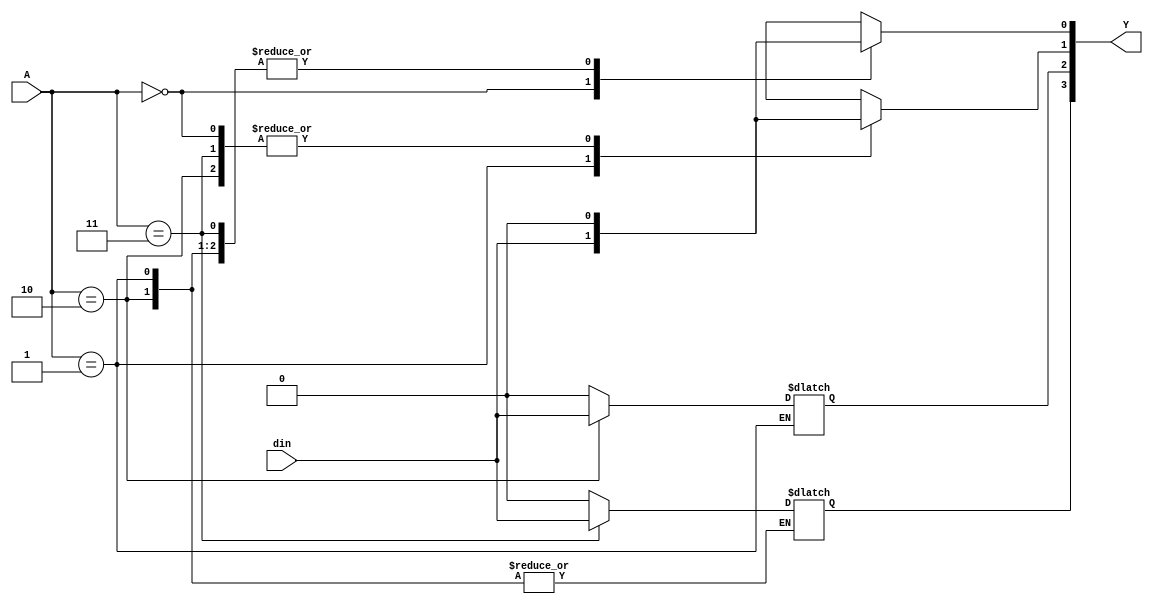
module demux1_4 (output reg [3:0] Y, input [1:0] A, input din);
always @(Y, A) begin
    case (A)
        2'b00 : begin Y[0] = din; Y[3:1] = 0; end
        2'b01 : begin Y[1] = din; Y[0] = 0;   end
        2'b10 : begin Y[2] = din; Y[1:0] = 0; end
        2'b11 : begin Y[3] = din; Y[2:0] = 0; end
    endcase   
end
endmodule